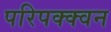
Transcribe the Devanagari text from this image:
परिपक्क्वन